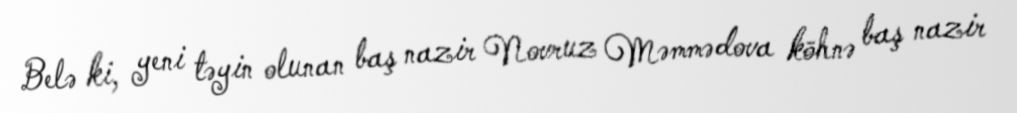
Belə ki, yeni təyin olunan baş nazir Novruz Məmmədova köhnə baş nazir